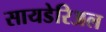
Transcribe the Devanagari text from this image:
सायडेरिअल